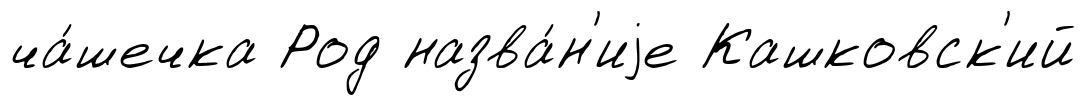
ча́шечка Род назва́н'иjе Кашковск'ий